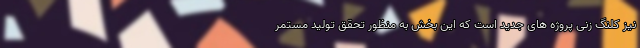
نیز کلنگ زنی پروژه های جدید است که این بخش به منظور تحقق تولید مستمر